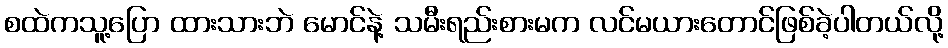
စထဲကသူ့ပြော ထားသားဘဲ မောင်နဲ့ သမီးရည်းစားမက လင်မယားတောင်ဖြစ်ခဲ့ပါတယ်လို့